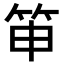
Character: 𥬐